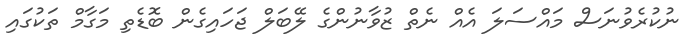
ނުކުރެވުނަސް މައްސަލަ އެއް ނެތް ޒުވާނުންގެ ލޭބަލް ޖަހައިގެން ބޮޑެތި މަގާމް ތަކުގައި